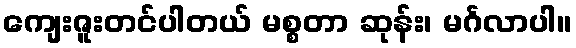
ကျေးဇူးတင်ပါတယ် မစ္စတာ ဆုန်း၊ မင်္ဂလာပါ။